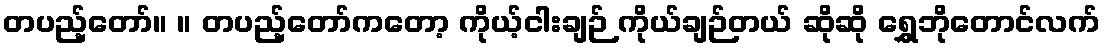
တပည့်တော်။ ။ တပည့်တော်ကတော့ ကိုယ့်ငါးချဉ် ကိုယ်ချဉ်တယ် ဆိုဆို ရွှေဘိုတောင်လက်